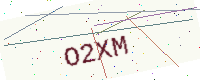
Text: O2XM